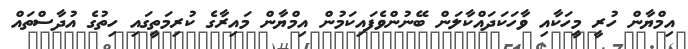
އިމްޔާން ހުރީ މީހަކާއި ވާހަކަދައްކާލަން ބޭނުންވެފައިކަމުން އިމްޔާން މައިރާގެ ކުރިމަތީގައި ހިތުގެ އުދާސްތައް